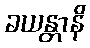
ခယန္တာနိ